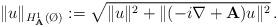
LaTeX: \begin{align*} \|u\|_{H^1_{\mathbf{A}}(\O)} := \sqrt{\|u\|^2+\|(-i\nabla+\mathbf{A})u\|^2} \,.\end{align*}